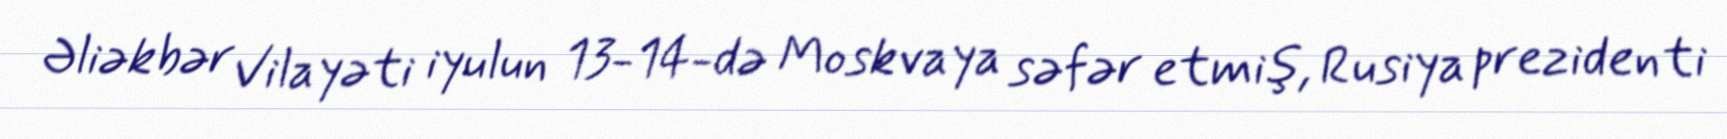
Əliəkbər Vilayəti iyulun 13-14-də Moskvaya səfər etmiş, Rusiya prezidenti